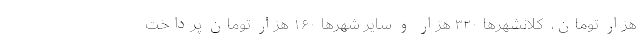
هزار تومان، ‌ کلانشهرها ۳۲۰ هزار و سایر شهرها ۱۶۰ هزار تومان پرداخت